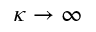
\kappa \to \infty